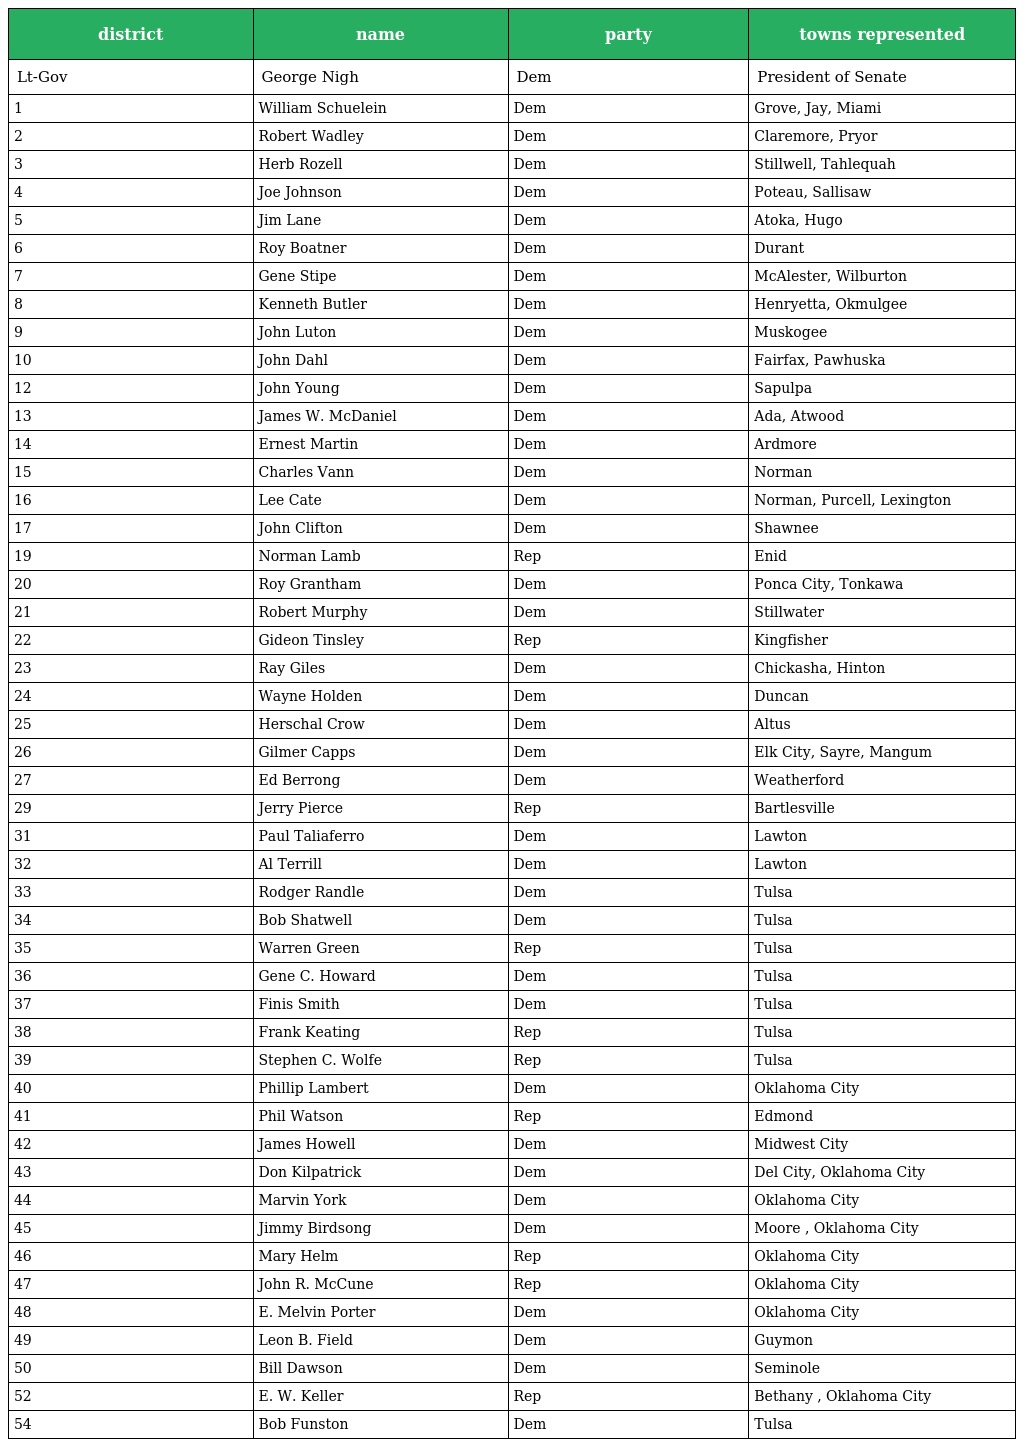
| district | name | party | towns represented |
 | --- | --- | --- | --- |
 | Lt-Gov | George Nigh | Dem | President of Senate |
 | 1 | William Schuelein | Dem | Grove, Jay, Miami |
 | 2 | Robert Wadley | Dem | Claremore, Pryor |
 | 3 | Herb Rozell | Dem | Stillwell, Tahlequah |
 | 4 | Joe Johnson | Dem | Poteau, Sallisaw |
 | 5 | Jim Lane | Dem | Atoka, Hugo |
 | 6 | Roy Boatner | Dem | Durant |
 | 7 | Gene Stipe | Dem | McAlester, Wilburton |
 | 8 | Kenneth Butler | Dem | Henryetta, Okmulgee |
 | 9 | John Luton | Dem | Muskogee |
 | 10 | John Dahl | Dem | Fairfax, Pawhuska |
 | 12 | John Young | Dem | Sapulpa |
 | 13 | James W. McDaniel | Dem | Ada, Atwood |
 | 14 | Ernest Martin | Dem | Ardmore |
 | 15 | Charles Vann | Dem | Norman |
 | 16 | Lee Cate | Dem | Norman, Purcell, Lexington |
 | 17 | John Clifton | Dem | Shawnee |
 | 19 | Norman Lamb | Rep | Enid |
 | 20 | Roy Grantham | Dem | Ponca City, Tonkawa |
 | 21 | Robert Murphy | Dem | Stillwater |
 | 22 | Gideon Tinsley | Rep | Kingfisher |
 | 23 | Ray Giles | Dem | Chickasha, Hinton |
 | 24 | Wayne Holden | Dem | Duncan |
 | 25 | Herschal Crow | Dem | Altus |
 | 26 | Gilmer Capps | Dem | Elk City, Sayre, Mangum |
 | 27 | Ed Berrong | Dem | Weatherford |
 | 29 | Jerry Pierce | Rep | Bartlesville |
 | 31 | Paul Taliaferro | Dem | Lawton |
 | 32 | Al Terrill | Dem | Lawton |
 | 33 | Rodger Randle | Dem | Tulsa |
 | 34 | Bob Shatwell | Dem | Tulsa |
 | 35 | Warren Green | Rep | Tulsa |
 | 36 | Gene C. Howard | Dem | Tulsa |
 | 37 | Finis Smith | Dem | Tulsa |
 | 38 | Frank Keating | Rep | Tulsa |
 | 39 | Stephen C. Wolfe | Rep | Tulsa |
 | 40 | Phillip Lambert | Dem | Oklahoma City |
 | 41 | Phil Watson | Rep | Edmond |
 | 42 | James Howell | Dem | Midwest City |
 | 43 | Don Kilpatrick | Dem | Del City, Oklahoma City |
 | 44 | Marvin York | Dem | Oklahoma City |
 | 45 | Jimmy Birdsong | Dem | Moore , Oklahoma City |
 | 46 | Mary Helm | Rep | Oklahoma City |
 | 47 | John R. McCune | Rep | Oklahoma City |
 | 48 | E. Melvin Porter | Dem | Oklahoma City |
 | 49 | Leon B. Field | Dem | Guymon |
 | 50 | Bill Dawson | Dem | Seminole |
 | 52 | E. W. Keller | Rep | Bethany , Oklahoma City |
 | 54 | Bob Funston | Dem | Tulsa |